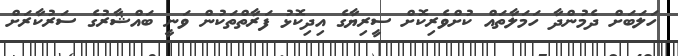
ހަލަބަށް ދެމުންދާ ހަމަލާތައް ކުށްވެރިކޮށް ސީރިޔާގެ އިދިކޮޅު ފަރާތްތަކުން ވަނީ ބައްޝާރުގެ ސަރުކާރަށް